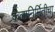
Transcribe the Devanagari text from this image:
कलानिर्मितीचा